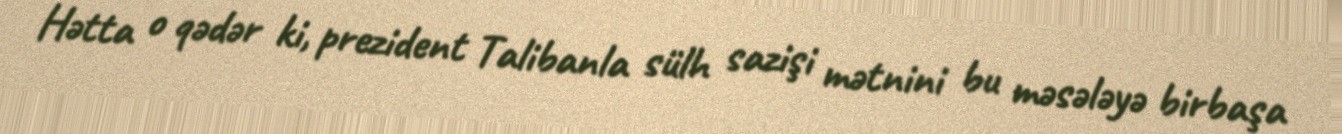
Hətta o qədər ki, prezident Talibanla sülh sazişi mətnini bu məsələyə birbaşa